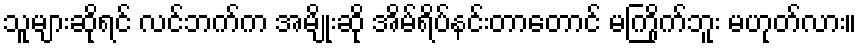
သူများဆိုရင် လင်ဘက်က အမျိုးဆို အိမ်ရိပ်နင်းတာတောင် မကြိုက်ဘူး မဟုတ်လား။